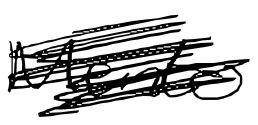
Text: Mento
Cross-out: scratch
Writing tool: digital_black